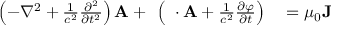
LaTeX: \begin{array} { r l } { \left( - \nabla ^ { 2 } + { \frac { 1 } { c ^ { 2 } } } { \frac { \partial ^ { 2 } } { \partial t ^ { 2 } } } \right) \mathbf { A } + \mathbf { \nabla } \left( \mathbf { \nabla } \cdot \mathbf { A } + { \frac { 1 } { c ^ { 2 } } } { \frac { \partial \varphi } { \partial t } } \right) } & { { } = \mu _ { 0 } \mathbf { J } } \end{array}